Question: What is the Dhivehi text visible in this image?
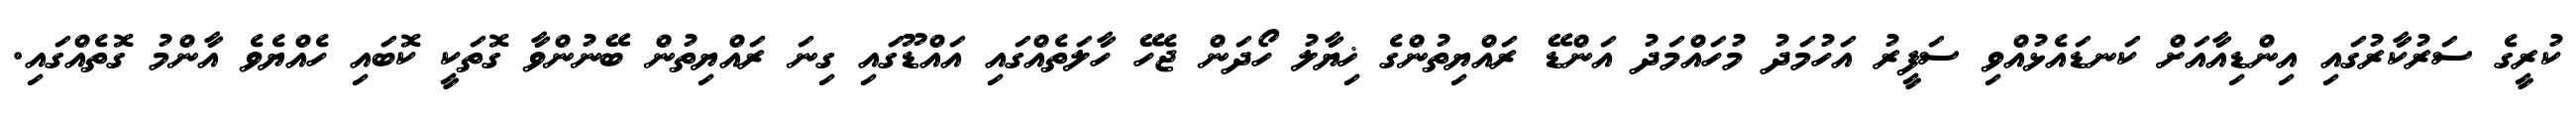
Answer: ކުރީގެ ސަރުކާރުގައި އިންޑިއާއަށް ކަނޑައެޅުއްވި ސަފީރު އަހުމަދު މުހައްމަދު އަންޑޭ ރައްޔިތުންގެ ޚިޔާލު ހޯދަން ޖެހޭ ހާލަތެއްގައި އައްޑޫގައި ގިނަ ރައްޔިތުން ބޭނުންވާ ގޮތަކީ ކޮބައި ހެއްޔެވެ އާންމު ގޮތެއްގައި.